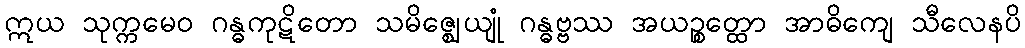
ဣယ သုက္ကမေဝ ဂန္ဓကုဋိတော သမိဇ္ဈေယျုံ ဂန္ဓဗ္ဗဿ အယဉ္စတ္ထော အာဓိကျေ သီလေနပိ